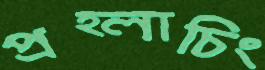
প্রহ্লাচিং